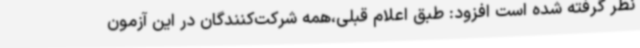
نظر گرفته شده است افزود: طبق اعلام قبلی،همه شرکت‌کنندگان در این آزمون